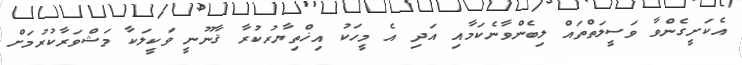
އެކަށީގެންވާ ވަސީލަތްތައް ލިބެންވާނެކަމާއި އަދި އެ މީހަކު އިޚްތިޔާރުކުރާ ޤާނޫނީ ވަކީލަކާ މަޝްވަރާކުރުމަށް